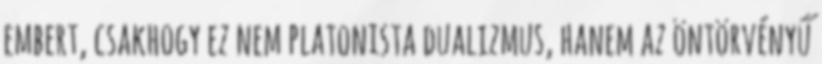
embert, csakhogy ez nem platonista dualizmus, hanem az öntörvényű